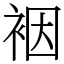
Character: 裀